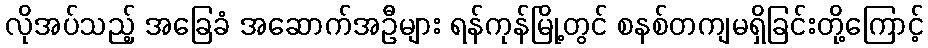
လိုအပ်သည့် အခြေခံ အဆောက်အဦများ ရန်ကုန်မြို့တွင် စနစ်တကျမရှိခြင်းတို့ကြောင့်